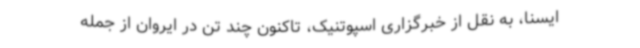
ایسنا، به نقل از خبرگزاری اسپوتنیک،‌ تاکنون چند تن در ایروان از جمله